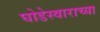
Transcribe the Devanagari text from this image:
घोडेस्वाराच्या